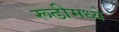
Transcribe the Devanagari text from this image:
रूढीमध्ये